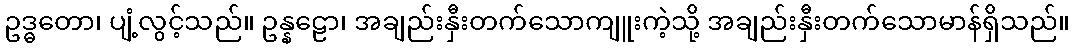
ဥဒ္ဓတော၊ ပျံ့လွင့်သည်။ ဥန္နဠော၊ အချည်းနှီးတက်သောကျူးကဲ့သို့ အချည်းနှီးတက်သောမာန်ရှိသည်။